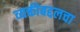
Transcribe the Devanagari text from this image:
व्यक्तीबद्दलचा